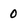
Character: 0